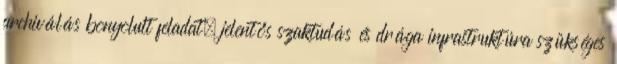
archiválás bonyolult feladat, jelentős szaktudás és drága infrastruktúra szükséges